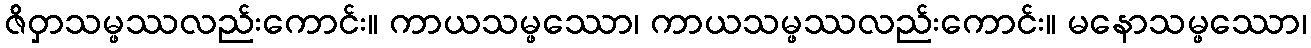
ဇိဝှာသမ္ဖဿလည်းကောင်း။ ကာယသမ္ဖဿော၊ ကာယသမ္ဖဿလည်းကောင်း။ မနောသမ္ဖဿော၊